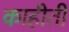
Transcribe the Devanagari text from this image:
काहीती